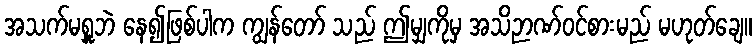
အသက်မရှူဘဲ နေ၍ဖြစ်ပါက ကျွန်တော် သည် ဤမျှကိုမှ အသိဉာဏ်ဝင်စားမည် မဟုတ်ချေ။